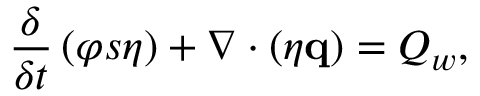
\frac { \delta } { \delta t } \left( \varphi s \eta \right) + \nabla \cdot \left( \eta \mathbf { q } \right) = Q _ { w } ,